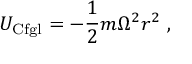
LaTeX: { U } _ { \mathrm { C f g l } } = - { \frac { 1 } { 2 } } m \Omega ^ { 2 } r ^ { 2 } \ ,